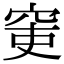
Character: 𥥥